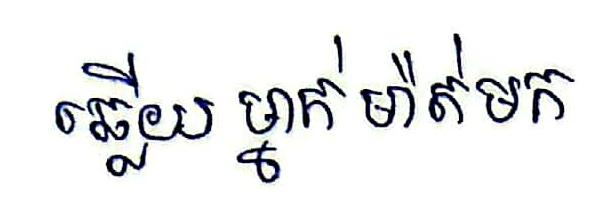
ឆ្លើយ ម្នាក់ម៉ាត់មក